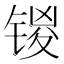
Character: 𰾞